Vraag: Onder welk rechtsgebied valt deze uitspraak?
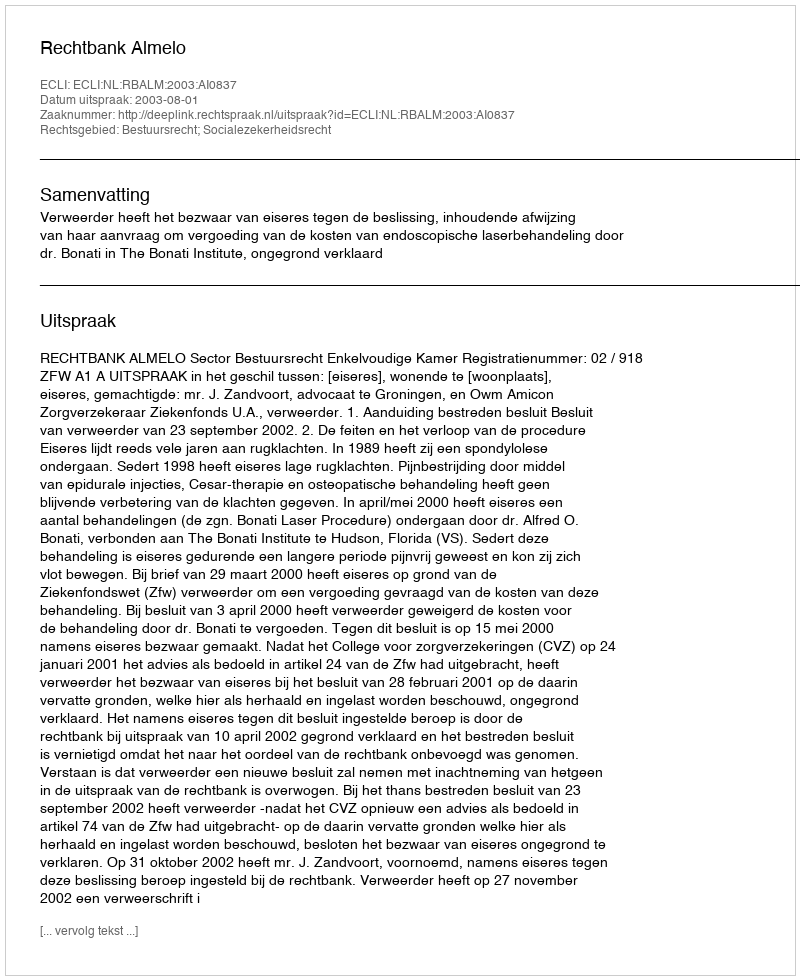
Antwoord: Bestuursrecht; Socialezekerheidsrecht